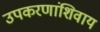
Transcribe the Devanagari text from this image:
उपकरणांशिवाय